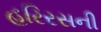
હરિરસની